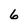
Character: 6